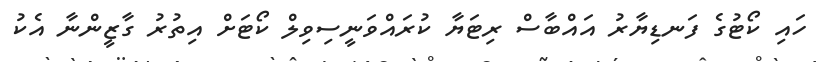
ހައި ކޯޓުގެ ފަނޑިޔާރު އައްބާސް ރިޓަޔާ ކުރައްވަނީސިވިލް ކޯޓަށް އިތުރު ގާޒީންނާ އެކު